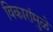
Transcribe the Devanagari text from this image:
विकारांमुळे